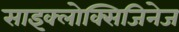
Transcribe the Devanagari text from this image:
साइक्लोक्सिजिनेज